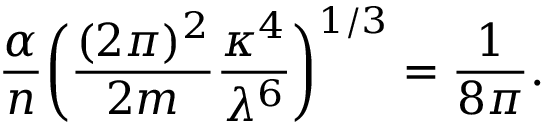
{ \frac { \alpha } { n } } \bigg ( { \frac { ( 2 \pi ) ^ { 2 } } { 2 m } } { \frac { \kappa ^ { 4 } } { \lambda ^ { 6 } } } \bigg ) ^ { 1 / 3 } = { \frac { 1 } { 8 \pi } } .